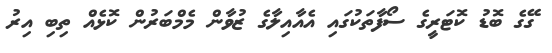
ގޭގެ ބޮޑު ކޮޓަރީގެ ސޯފާތަކުގައި އެއާއިލާގެ ޒުވާން މެމްބަރުން ކޮޅެއް ތިބި އިރު